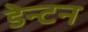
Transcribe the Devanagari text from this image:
डेन्टन